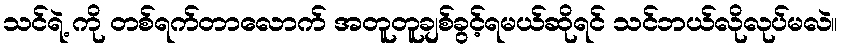
သင်ရဲ့ ကို တစ်ရက်တာလောက် အတူတူချစ်ခွင့်ရမယ်ဆိုရင် သင်ဘယ်လိုလုပ်မလဲ။